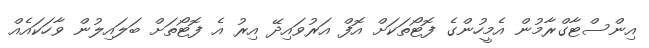
އިންސްޓާގްރާމުން އެމީހުންގެ ފޮޓޯތަކަށް އޮފް އަރުވައިދޭ އިރު އެ ފޮޓޯތަށް ބަލައިލުން ވާހަކައެއް